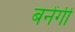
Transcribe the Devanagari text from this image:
बनेंगीं